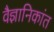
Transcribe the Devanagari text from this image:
वैज्ञानिकांत